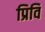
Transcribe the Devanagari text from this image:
प्रिवि